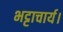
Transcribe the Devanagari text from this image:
भट्टाचार्य।